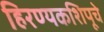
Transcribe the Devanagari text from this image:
हिरण्यकशिपूचे